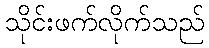
သိုင်းဖက်လိုက်သည်